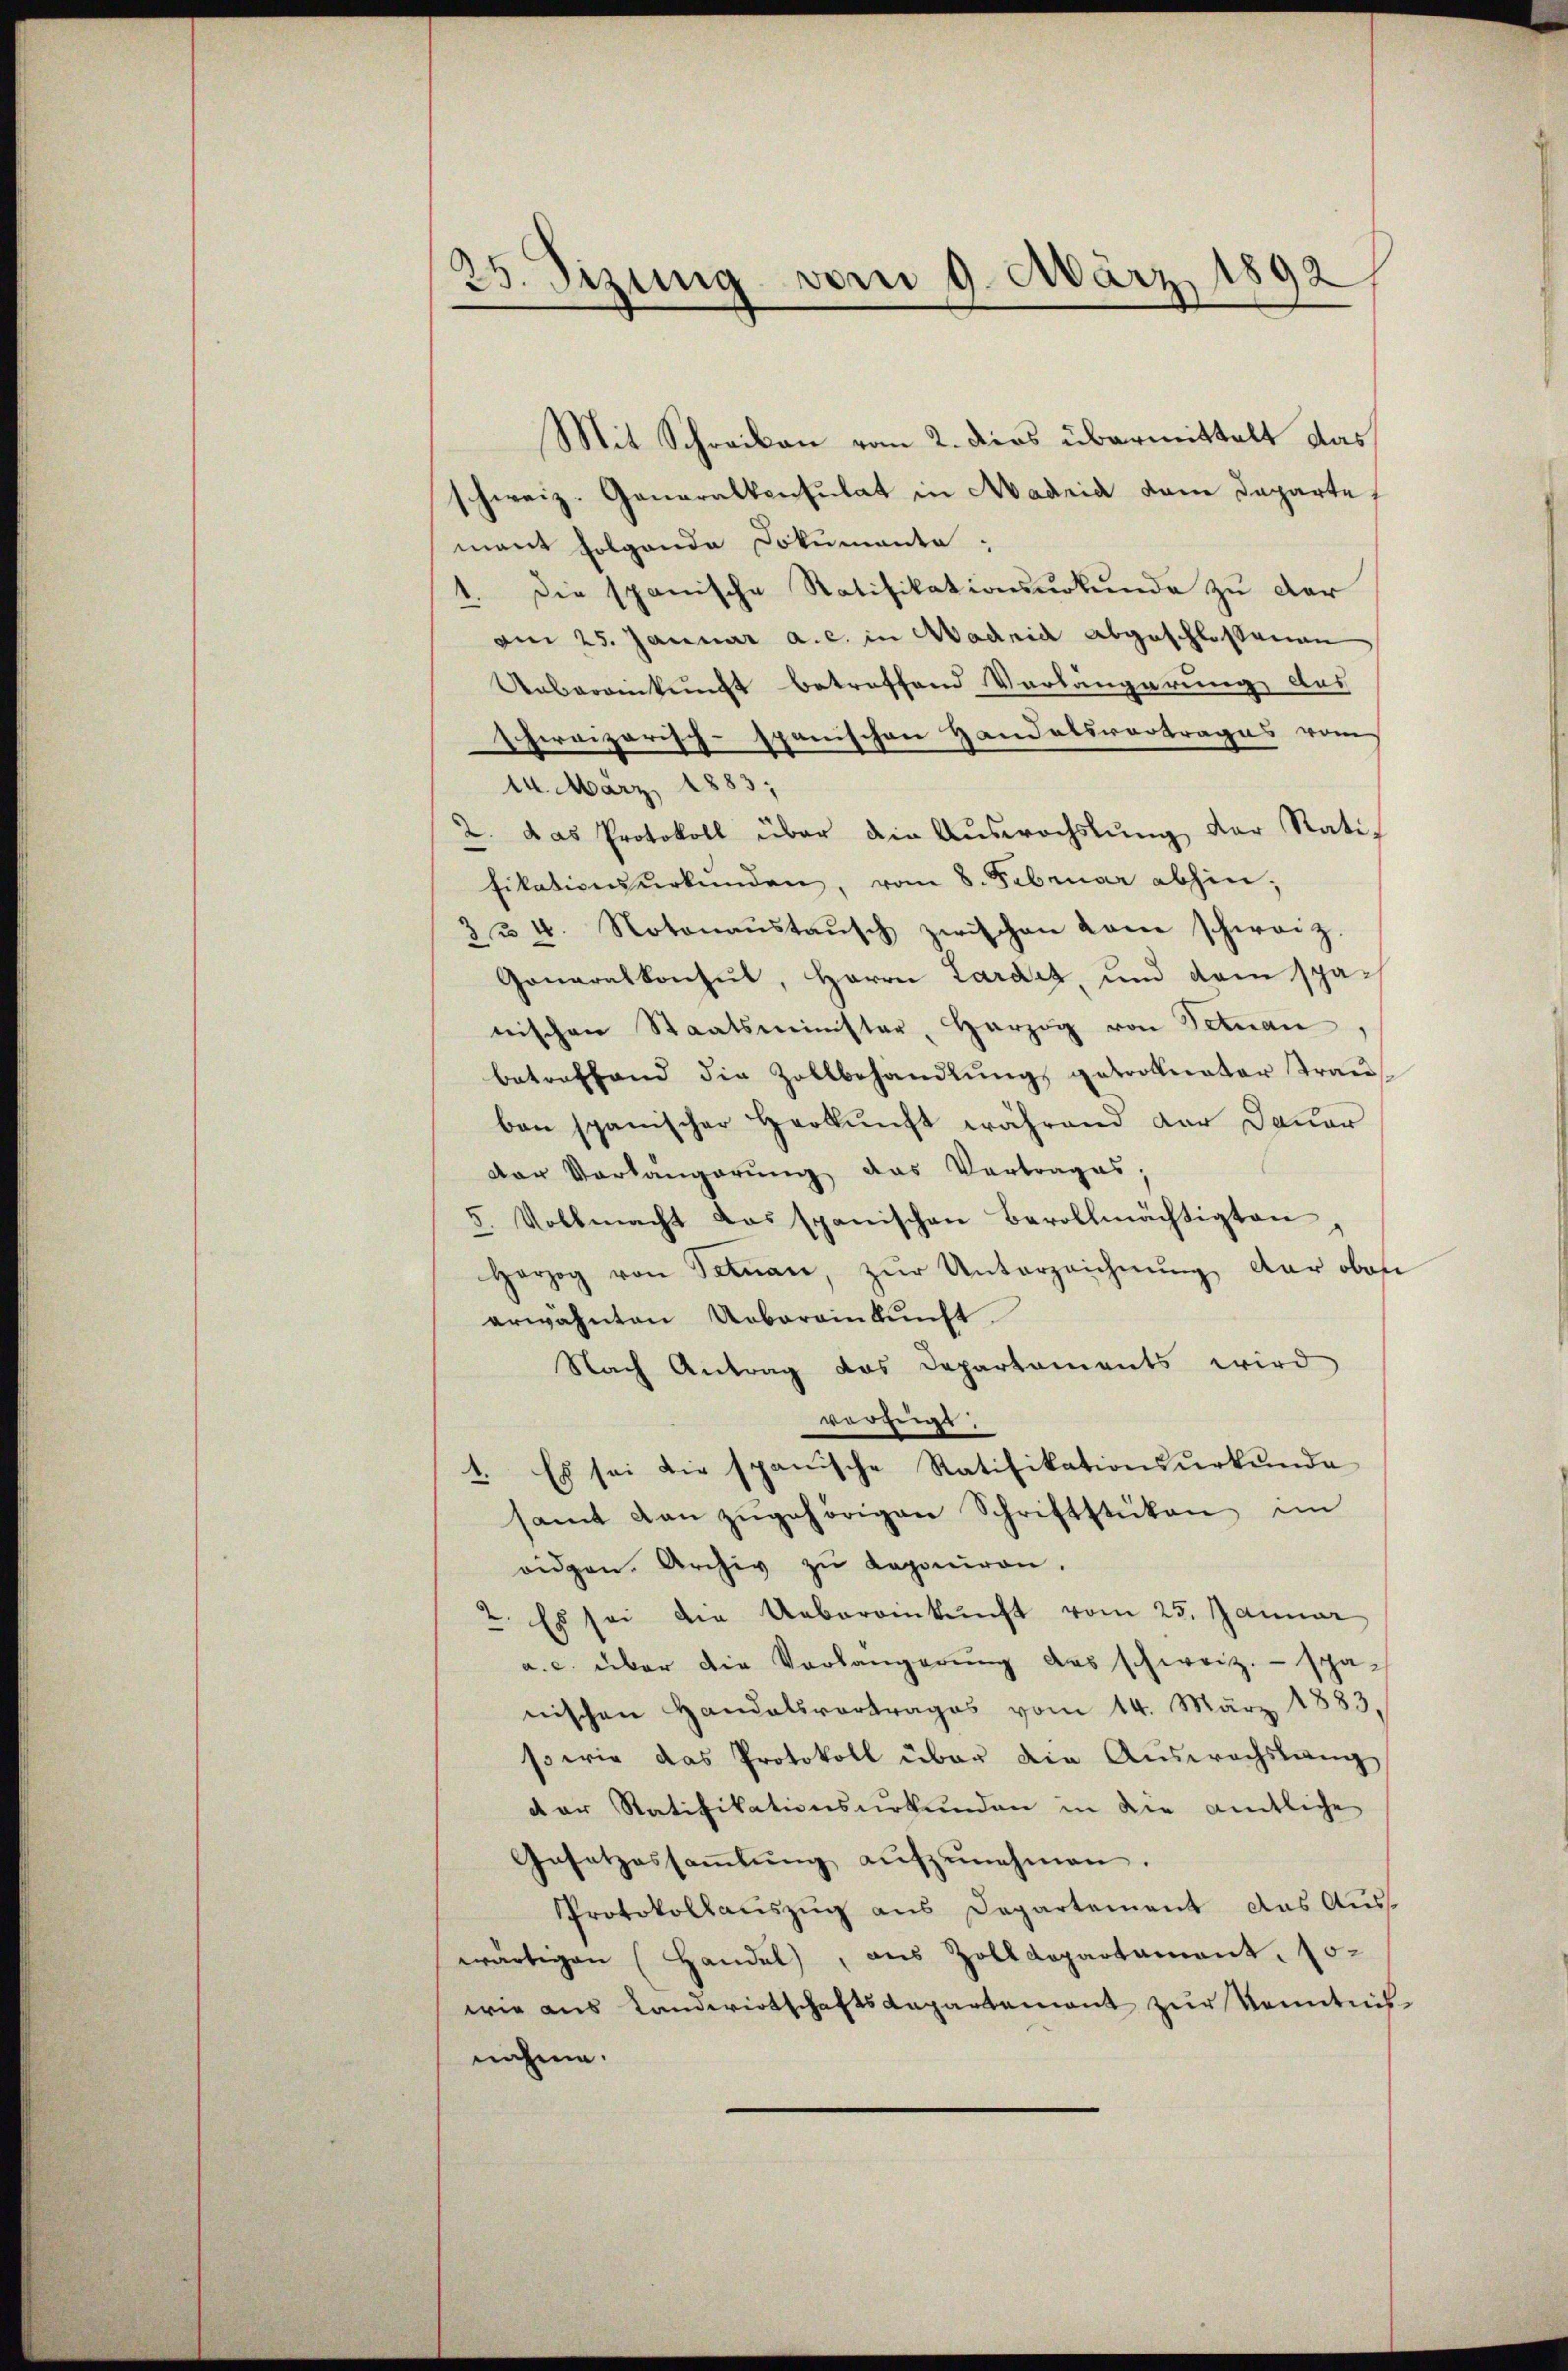
25. Sizung vom 9. März 1892

Mit Schreiben vom 2. dies übermittelt das
schweiz. Generalkonsulat in Madria dem Departe
mant folgende Dokumente:
1. Die spanische Ratifikationsurkunde zu der
am 25. Januar a. c. in Madrid abgeschlossenen
Uebereinkunft betreffend Verlängerung des
hirvizarisch-spanischen Handelsvortrages vom
14. März 1883;
u. das Protokoll über die Auswechslung der Ratifikativensurkunden, vom 8. Februar abhin,
3 & 4. Notonaŭstaŭsch zwischen kam schweiz.
Goneralkonsul, Herrn Larde, und dem spänischen Staatsminister, Herzog von Selnau,
betreffend die Zollbehandlŭng getronater Trau
ben spanischer Herkŭnft während der Dauer
der Verlangerŭng das Vertrages,
5. Vollmacht das spanischen Bevollmächtigten
Herzog von Selnau, zŭr Unterzeichnŭng der oben
erwähnten Uebereinkunft.
Nach Antrag das Departaments wird
vorzugs
1. Es sei die spanische Ratifikationsurkunde
samt dan zŭgehörigen Schriftstücken im
ridgen. Archiv zu Raponiren.
2. Es sei die Uebereinkunft vom 25. Januar
a. c. über die Vorlängerung des schweiz. - scha-
nischen Handelsvertrages vom 14. März 1883,
so wie das Protokoll über die Auswachslang
der Ratifikationsurkunden in die amtliche
Gesetzessaṁlŭng aŭfzŭnehmen.
Protokollauszug aus Departement das Aus-
wärtigen (Handel, aus Zolldepartament. 10.
wie aus Landwirtschaftsdepartement zur Kenntnisnahme.